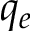
q _ { e }